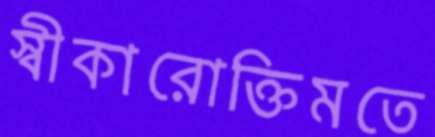
স্বীকারোক্তিমতে